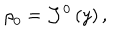
\mathrm { \ r h o } _ { 0 } = \mathcal { J } ^ { 0 } \left( y \right) ,